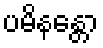
ပမိနန္တော